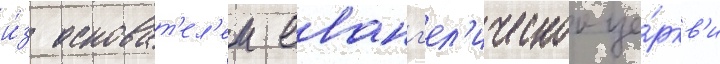
и́з основат'ел'еи еванг'ел'ическои це́ркв'и